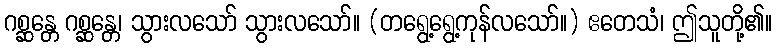
ဂစ္ဆန္တေ ဂစ္ဆန္တေ၊ သွားလသော် သွားလသော်။ (တရွေ့ရွေ့ကုန်လသော်။) ဧတေသံ၊ ဤသူတို့၏။